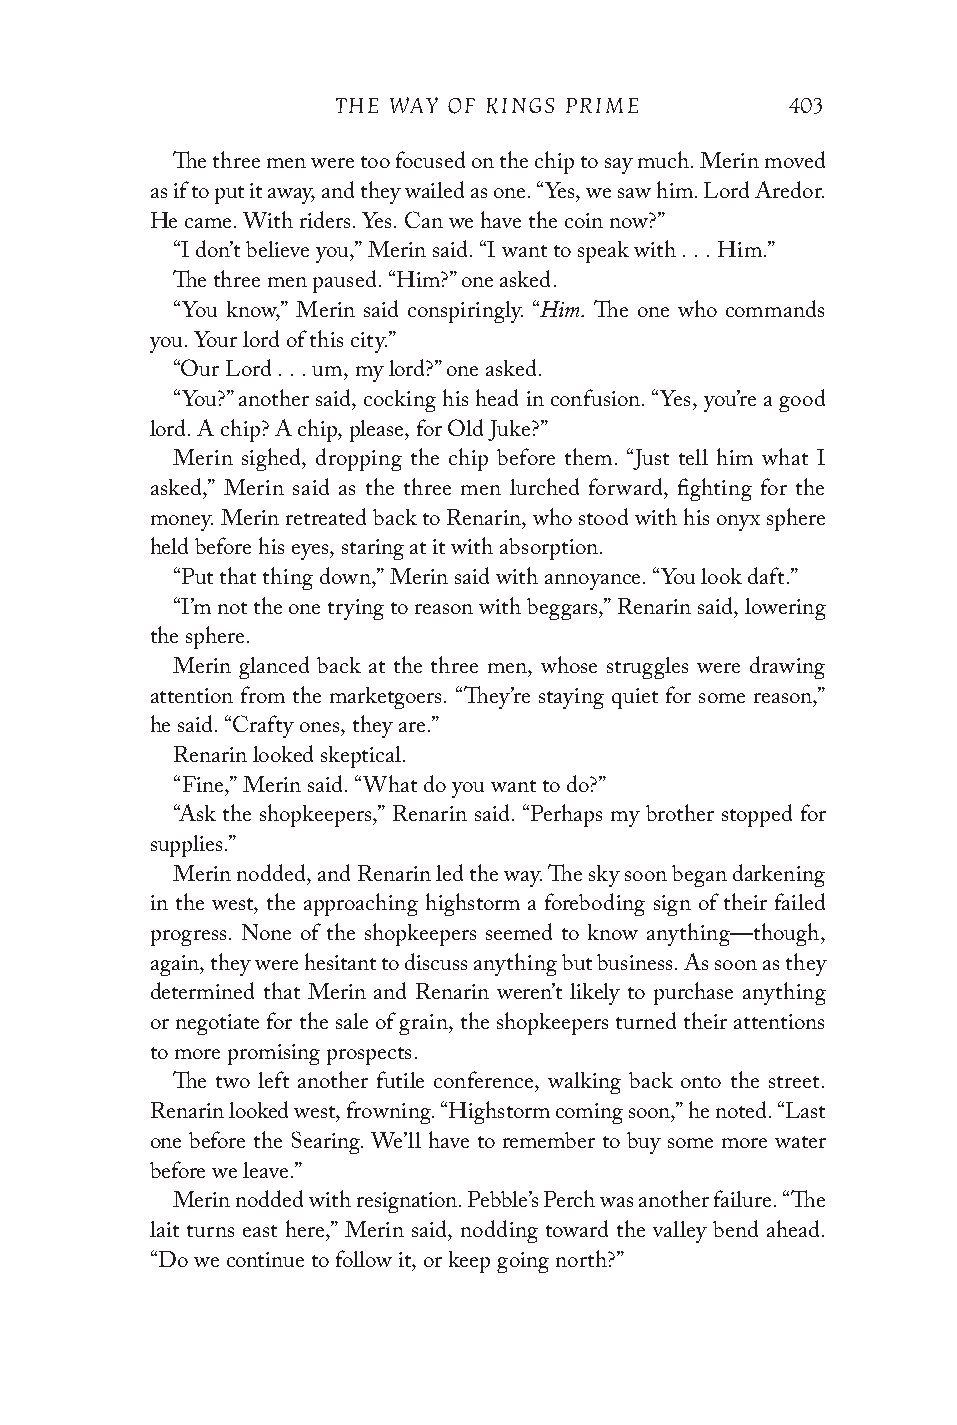
THE WAY OF KINGS PRIME        403
 The three men were too focused on the chip to say much. Merin moved
 as if to put it away, and they wailed as one. “Yes, we saw him. Lord Aredor.
 He came. With riders. Yes. Can we have the coin now?”
 “I don’t believe you,” Merin said. “I want to speak with . . . Him.”
 The three men paused. “Him?” one asked.
 Him.
 “You know,” Merin said conspiringly. “ The one who commands
 you. Your lord of this city.”
 “Our Lord . . . um, my lord?” one asked.
 “You?” another said, cocking his head in confusion. “Yes, you’re a good
 lord. A chip? A chip, please, for Old Juke?”
 Merin sighed, dropping the chip before them. “Just tell him what I
 asked,” Merin said as the three men lurched forward, fighting for the
 money. Merin retreated back to Renarin, who stood with his onyx sphere
 held before his eyes, staring at it with absorption.
 “Put that thing down,” Merin said with annoyance. “You look daft.”
 “I’m not the one trying to reason with beggars,” Renarin said, lowering
 the sphere.
 Merin glanced back at the three men, whose struggles were drawing
 attention from the marketgoers. “They’re staying quiet for some reason,”
 he said. “Crafty ones, they are.”
 Renarin looked skeptical.
 “Fine,” Merin said. “What do you want to do?”
 “Ask the shopkeepers,” Renarin said. “Perhaps my brother stopped for
 supplies.”
 Merin nodded, and Renarin led the way. The sky soon began darkening
 in the west, the approaching highstorm a foreboding sign of their failed
 progress. None of the shopkeepers seemed to know anything—though,
 again, they were hesitant to discuss anything but business. As soon as they
 determined that Merin and Renarin weren’t likely to purchase anything
 or negotiate for the sale of grain, the shopkeepers turned their attentions
 to more promising prospects.
 The two left another futile conference, walking back onto the street.
 Renarin looked west, frowning. “Highstorm coming soon,” he noted. “Last
 one before the Searing. We’ll have to remember to buy some more water
 before we leave.”
 Merin nodded with resignation. Pebble’s Perch was another failure. “The
 lait turns east here,” Merin said, nodding toward the valley bend ahead.
 “Do we continue to follow it, or keep going north?”